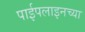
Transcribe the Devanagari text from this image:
पाईपलाइनच्या